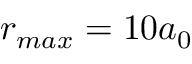
r _ { m a x } = 1 0 a _ { 0 }